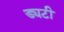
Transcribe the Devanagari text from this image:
ड्यटी